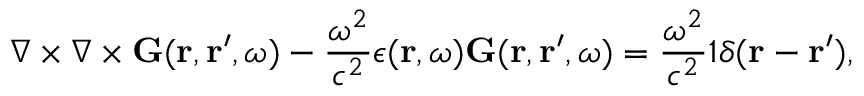
\boldsymbol { \nabla } \times \boldsymbol { \nabla } \times \mathbf { G } ( \mathbf { r } , \mathbf { r } ^ { \prime } , \omega ) - \frac { \omega ^ { 2 } } { c ^ { 2 } } \epsilon ( \mathbf { r } , \omega ) \mathbf { G } ( \mathbf { r } , \mathbf { r } ^ { \prime } , \omega ) = \frac { \omega ^ { 2 } } { c ^ { 2 } } \mathbb { 1 } \delta ( \mathbf { r } - \mathbf { r } ^ { \prime } ) ,